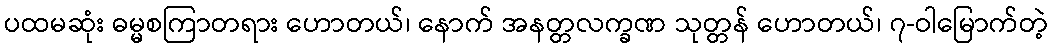
ပထမဆုံး ဓမ္မစကြာတရား ဟောတယ်၊ နောက် အနတ္တလက္ခဏ သုတ္တန် ဟောတယ်၊ ၇-ဝါမြောက်တဲ့